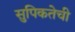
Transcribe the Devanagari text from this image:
सुपिकतेची